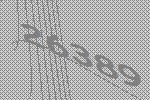
26389